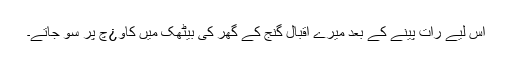
اس لیے رات پینے کے بعد میرے اقبال گنج کے گھر کی بیٹھک میں کاو¿چ پر سو جاتے۔